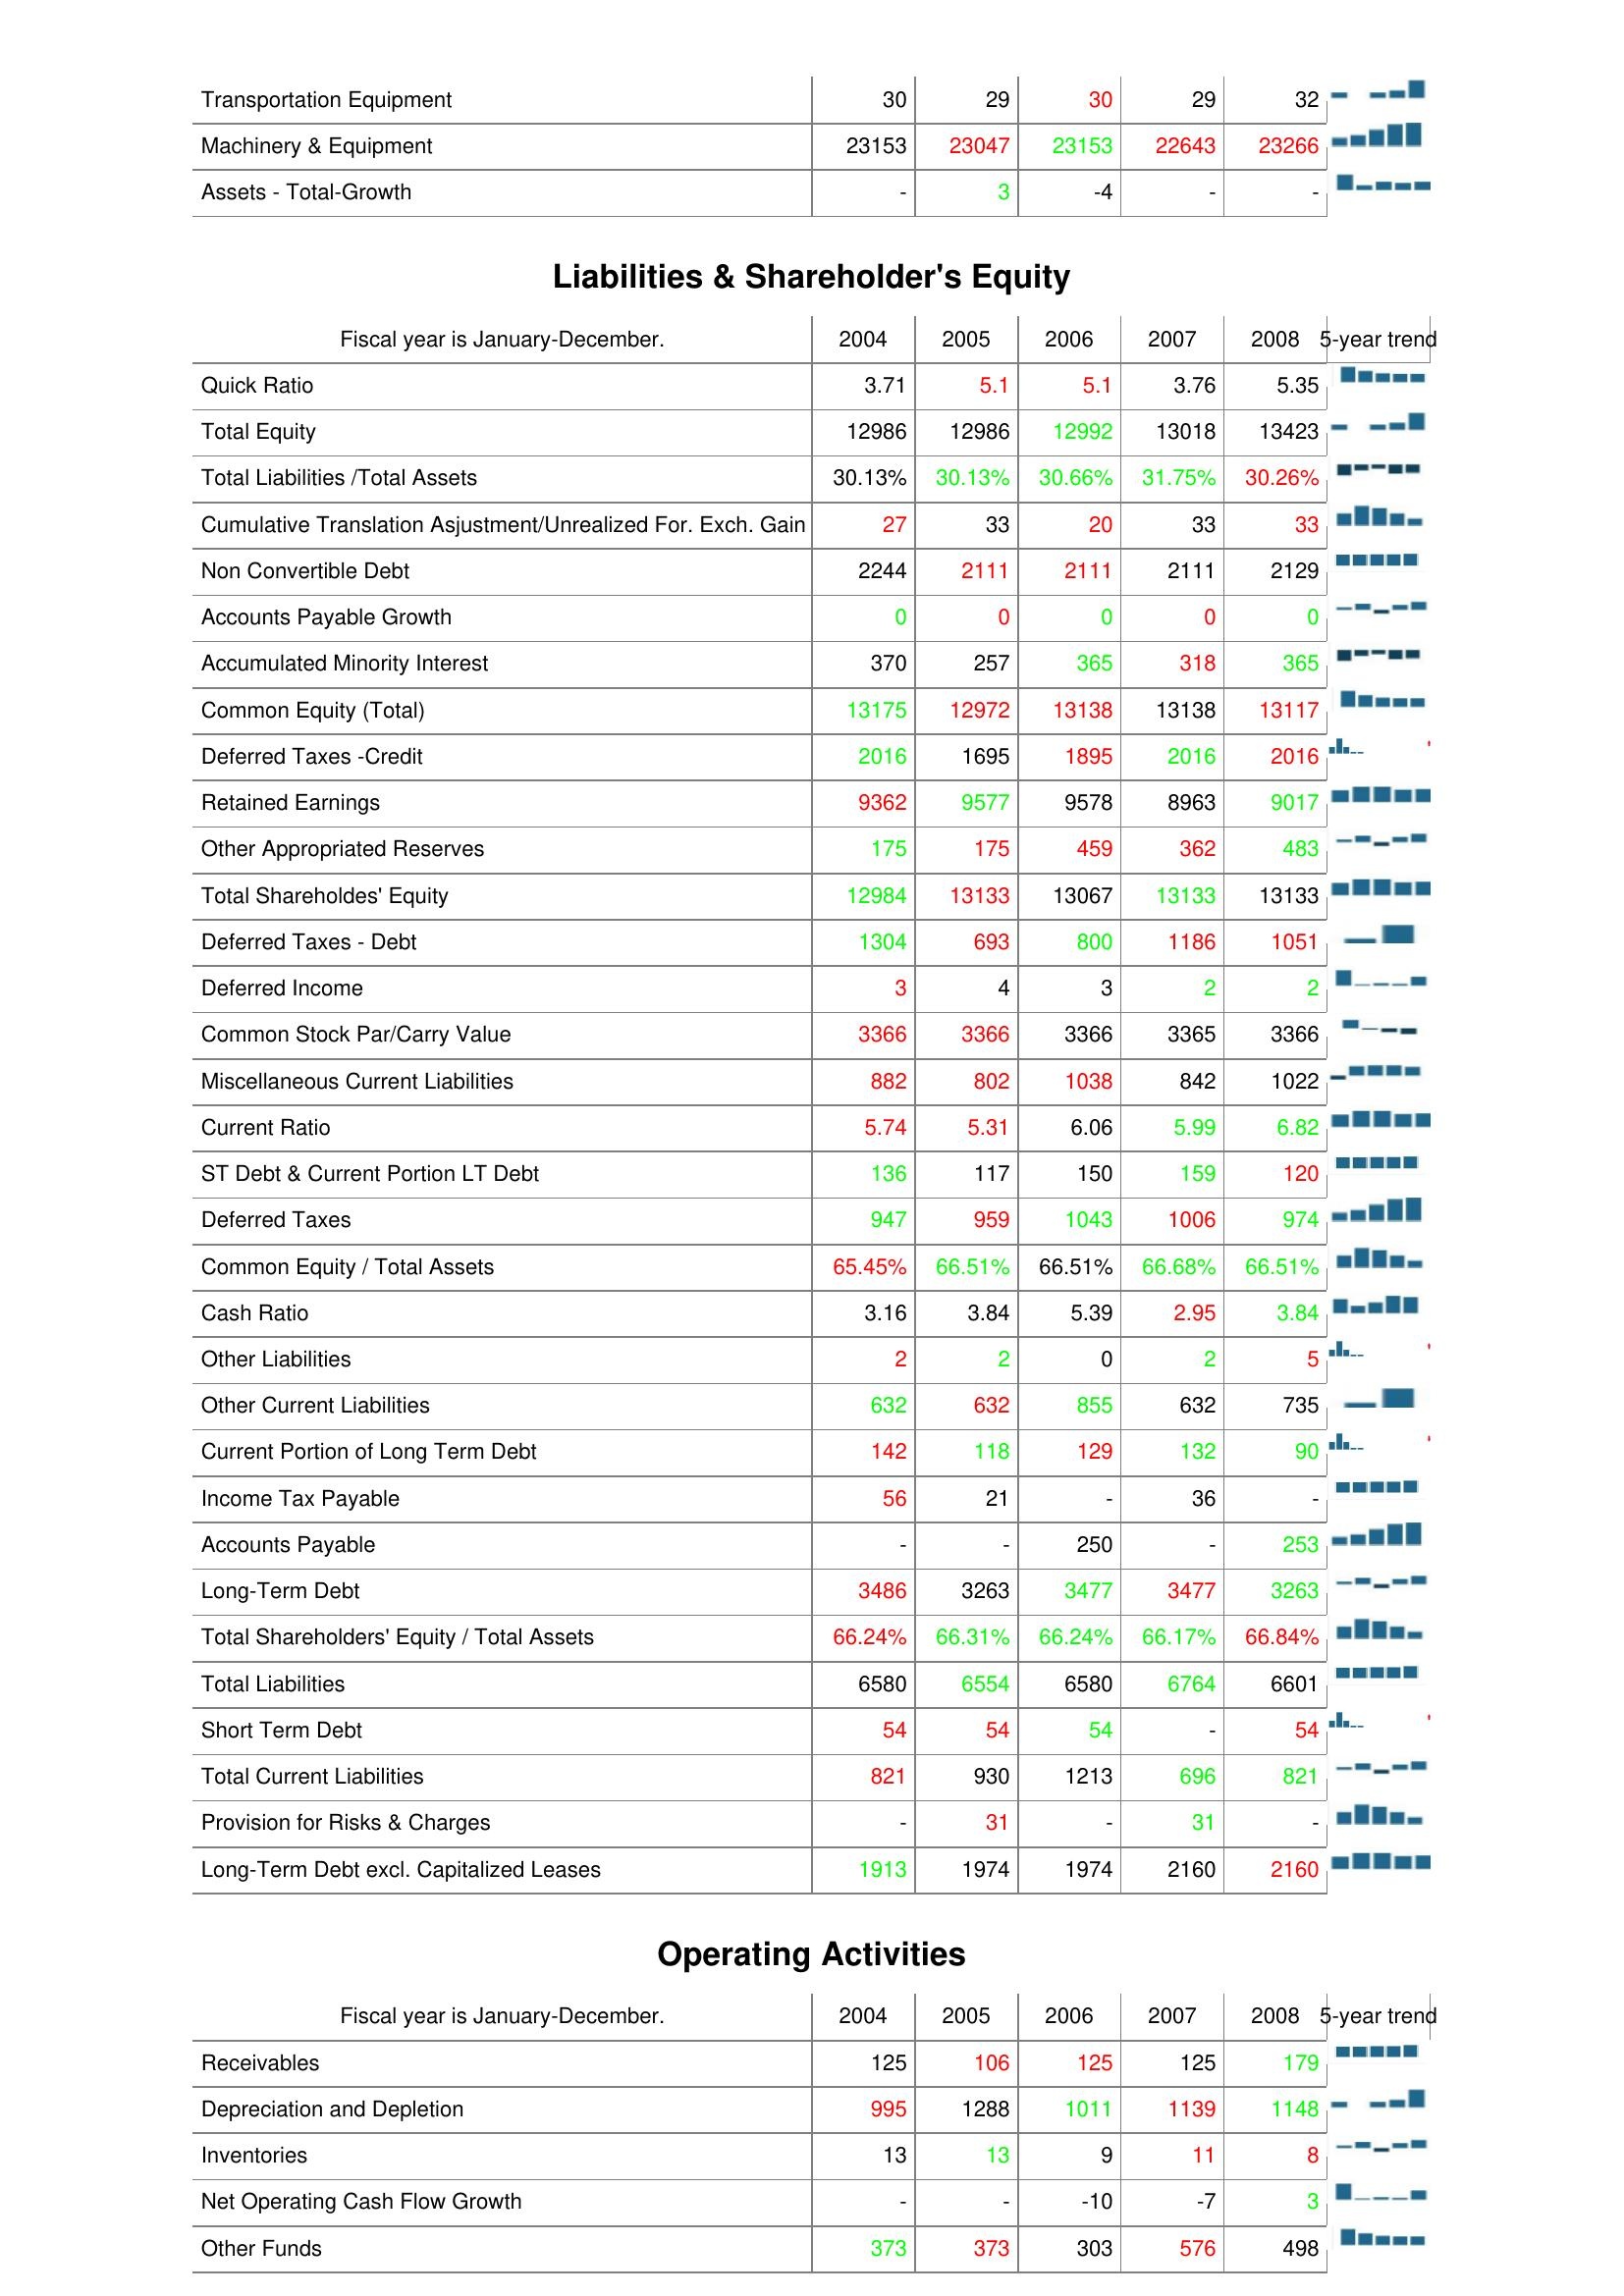
2004: Assets: Transportation Equipment: 30
Machinery & Equipment: 23153
Assets - Total-Growth: -
Liabilities & Shareholder's Equity: Quick Ratio: 3.71
Total Equity: 12986
Total Liabilities /Total Assets: 30.13%
Cumulative Translation Asjustment/Unrealized For. Exch. Gain: 27
Non Convertible Debt: 2244
Accounts Payable Growth: 0
Accumulated Minority Interest: 370
Common Equity (Total): 13175
Deferred Taxes -Credit: 2016
Retained Earnings: 9362
Other Appropriated Reserves: 175
Total Shareholdes' Equity: 12984
Deferred Taxes - Debt: 1304
Deferred Income: 3
Common Stock Par/Carry Value: 3366
Miscellaneous Current Liabilities: 882
Current Ratio: 5.74
ST Debt & Current Portion LT Debt: 136
Deferred Taxes: 947
Common Equity / Total Assets: 65.45%
Cash Ratio: 3.16
Other Liabilities: 2
Other Current Liabilities: 632
Current Portion of Long Term Debt: 142
Income Tax Payable: 56
Accounts Payable: -
Long-Term Debt: 3486
Total Shareholders' Equity / Total Assets: 66.24%
Total Liabilities: 6580
Short Term Debt: 54
Total Current Liabilities: 821
Provision for Risks & Charges: -
Long-Term Debt excl. Capitalized Leases: 1913
Operating Activities: Receivables: 125
Depreciation and Depletion: 995
Inventories: 13
Net Operating Cash Flow Growth: -
Other Funds: 373
2005: Assets: Transportation Equipment: 29
Machinery & Equipment: 23047
Assets - Total-Growth: 3
Liabilities & Shareholder's Equity: Quick Ratio: 5.1
Total Equity: 12986
Total Liabilities /Total Assets: 30.13%
Cumulative Translation Asjustment/Unrealized For. Exch. Gain: 33
Non Convertible Debt: 2111
Accounts Payable Growth: 0
Accumulated Minority Interest: 257
Common Equity (Total): 12972
Deferred Taxes -Credit: 1695
Retained Earnings: 9577
Other Appropriated Reserves: 175
Total Shareholdes' Equity: 13133
Deferred Taxes - Debt: 693
Deferred Income: 4
Common Stock Par/Carry Value: 3366
Miscellaneous Current Liabilities: 802
Current Ratio: 5.31
ST Debt & Current Portion LT Debt: 117
Deferred Taxes: 959
Common Equity / Total Assets: 66.51%
Cash Ratio: 3.84
Other Liabilities: 2
Other Current Liabilities: 632
Current Portion of Long Term Debt: 118
Income Tax Payable: 21
Accounts Payable: -
Long-Term Debt: 3263
Total Shareholders' Equity / Total Assets: 66.31%
Total Liabilities: 6554
Short Term Debt: 54
Total Current Liabilities: 930
Provision for Risks & Charges: 31
Long-Term Debt excl. Capitalized Leases: 1974
Operating Activities: Receivables: 106
Depreciation and Depletion: 1288
Inventories: 13
Net Operating Cash Flow Growth: -
Other Funds: 373
2006: Assets: Transportation Equipment: 30
Machinery & Equipment: 23153
Assets - Total-Growth: -4
Liabilities & Shareholder's Equity: Quick Ratio: 5.1
Total Equity: 12992
Total Liabilities /Total Assets: 30.66%
Cumulative Translation Asjustment/Unrealized For. Exch. Gain: 20
Non Convertible Debt: 2111
Accounts Payable Growth: 0
Accumulated Minority Interest: 365
Common Equity (Total): 13138
Deferred Taxes -Credit: 1895
Retained Earnings: 9578
Other Appropriated Reserves: 459
Total Shareholdes' Equity: 13067
Deferred Taxes - Debt: 800
Deferred Income: 3
Common Stock Par/Carry Value: 3366
Miscellaneous Current Liabilities: 1038
Current Ratio: 6.06
ST Debt & Current Portion LT Debt: 150
Deferred Taxes: 1043
Common Equity / Total Assets: 66.51%
Cash Ratio: 5.39
Other Liabilities: 0
Other Current Liabilities: 855
Current Portion of Long Term Debt: 129
Income Tax Payable: -
Accounts Payable: 250
Long-Term Debt: 3477
Total Shareholders' Equity / Total Assets: 66.24%
Total Liabilities: 6580
Short Term Debt: 54
Total Current Liabilities: 1213
Provision for Risks & Charges: -
Long-Term Debt excl. Capitalized Leases: 1974
Operating Activities: Receivables: 125
Depreciation and Depletion: 1011
Inventories: 9
Net Operating Cash Flow Growth: -10
Other Funds: 303
2007: Assets: Transportation Equipment: 29
Machinery & Equipment: 22643
Assets - Total-Growth: -
Liabilities & Shareholder's Equity: Quick Ratio: 3.76
Total Equity: 13018
Total Liabilities /Total Assets: 31.75%
Cumulative Translation Asjustment/Unrealized For. Exch. Gain: 33
Non Convertible Debt: 2111
Accounts Payable Growth: 0
Accumulated Minority Interest: 318
Common Equity (Total): 13138
Deferred Taxes -Credit: 2016
Retained Earnings: 8963
Other Appropriated Reserves: 362
Total Shareholdes' Equity: 13133
Deferred Taxes - Debt: 1186
Deferred Income: 2
Common Stock Par/Carry Value: 3365
Miscellaneous Current Liabilities: 842
Current Ratio: 5.99
ST Debt & Current Portion LT Debt: 159
Deferred Taxes: 1006
Common Equity / Total Assets: 66.68%
Cash Ratio: 2.95
Other Liabilities: 2
Other Current Liabilities: 632
Current Portion of Long Term Debt: 132
Income Tax Payable: 36
Accounts Payable: -
Long-Term Debt: 3477
Total Shareholders' Equity / Total Assets: 66.17%
Total Liabilities: 6764
Short Term Debt: -
Total Current Liabilities: 696
Provision for Risks & Charges: 31
Long-Term Debt excl. Capitalized Leases: 2160
Operating Activities: Receivables: 125
Depreciation and Depletion: 1139
Inventories: 11
Net Operating Cash Flow Growth: -7
Other Funds: 576
2008: Assets: Transportation Equipment: 32
Machinery & Equipment: 23266
Assets - Total-Growth: -
Liabilities & Shareholder's Equity: Quick Ratio: 5.35
Total Equity: 13423
Total Liabilities /Total Assets: 30.26%
Cumulative Translation Asjustment/Unrealized For. Exch. Gain: 33
Non Convertible Debt: 2129
Accounts Payable Growth: 0
Accumulated Minority Interest: 365
Common Equity (Total): 13117
Deferred Taxes -Credit: 2016
Retained Earnings: 9017
Other Appropriated Reserves: 483
Total Shareholdes' Equity: 13133
Deferred Taxes - Debt: 1051
Deferred Income: 2
Common Stock Par/Carry Value: 3366
Miscellaneous Current Liabilities: 1022
Current Ratio: 6.82
ST Debt & Current Portion LT Debt: 120
Deferred Taxes: 974
Common Equity / Total Assets: 66.51%
Cash Ratio: 3.84
Other Liabilities: 5
Other Current Liabilities: 735
Current Portion of Long Term Debt: 90
Income Tax Payable: -
Accounts Payable: 253
Long-Term Debt: 3263
Total Shareholders' Equity / Total Assets: 66.84%
Total Liabilities: 6601
Short Term Debt: 54
Total Current Liabilities: 821
Provision for Risks & Charges: -
Long-Term Debt excl. Capitalized Leases: 2160
Operating Activities: Receivables: 179
Depreciation and Depletion: 1148
Inventories: 8
Net Operating Cash Flow Growth: 3
Other Funds: 498